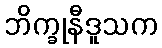
ဘိက္ခုနီဒူသက